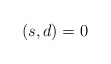
\begin{align*}(s,d) = 0 \\\end{align*}